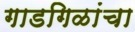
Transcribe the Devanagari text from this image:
गाडगिळांचा